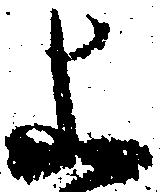
上